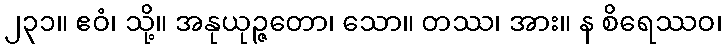
၂၃၁။ ဧဝံ၊ သို့။ အနုယုဉ္ဇတော၊ သော။ တဿ၊ အား။ န စိရေဿဝ၊